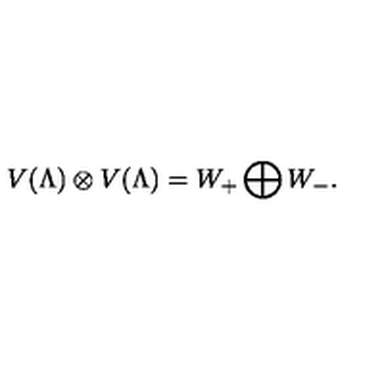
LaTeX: V ( \Lambda ) \otimes V ( \Lambda ) = W _ { + } \bigoplus W _ { - } .